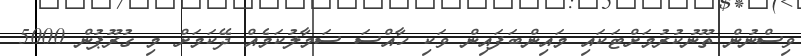
ވިސްނުން ތޫނުކުރުމަށްޓަކައި މައިންބަފައިން ވަކި ހާއްސަ ސަމާލުކަމެއް ދޭކަމަށް މި ގުރޫޕުން 5000